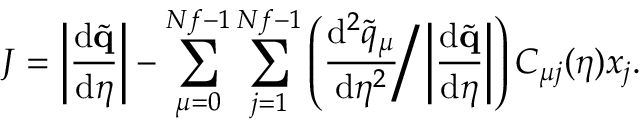
J = \left| \frac { \mathrm { d } \tilde { \mathbf { q } } } { \mathrm { d } \eta } \right| - \sum _ { \mu = 0 } ^ { N f - 1 } \sum _ { j = 1 } ^ { N f - 1 } \left( \frac { \mathrm { d } ^ { 2 } \tilde { q } _ { \mu } } { \mathrm { d } \eta ^ { 2 } } \Bigg / \left| \frac { \mathrm { d } \tilde { \mathbf { q } } } { \mathrm { d } \eta } \right| \right) C _ { \mu j } ( \eta ) x _ { j } .